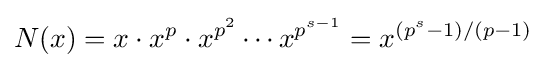
N(x)=x\cdot x^{p}\cdot x^{p^{2}}\cdots x^{p^{s-1}}=x^{(p^{s}-1)/(p-1)}